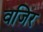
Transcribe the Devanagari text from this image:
वजिर